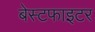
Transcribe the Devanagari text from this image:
बेस्टफाइटर